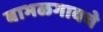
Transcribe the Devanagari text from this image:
बाभळगावचे